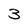
Character: 3